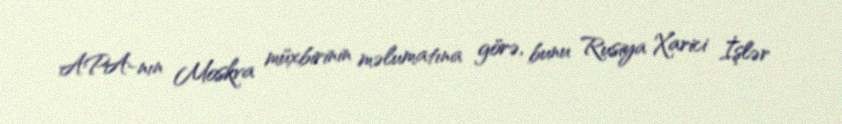
APA-nın Moskva müxbirinin məlumatına görə, bunu Rusiya Xarici İşlər